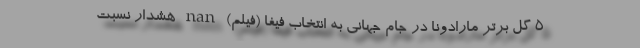
5 گل برتر مارادونا در جام جهانی به انتخاب فیفا (فیلم) nan هشدار نسبت